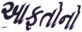
આફતોનો